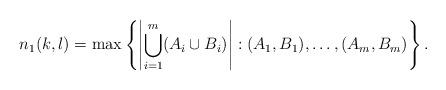
LaTeX: \begin{align*}n_1(k,l)=\max\left\{\left|\bigcup_{i=1}^m(A_i\cup B_i)\right|: (A_1,B_1),\dots,(A_m,B_m) \right\}.\end{align*}